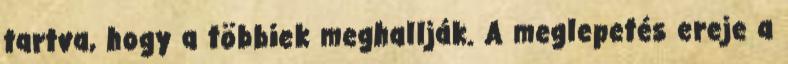
tartva, hogy a többiek meghallják. A meglepetés ereje a